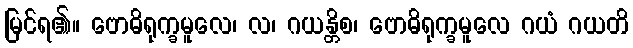
မြင်ရ၏။ ဗောဓိရုက္ခမူလေ၊ လ၊ ဂယန္တိစ၊ ဗောဓိရုက္ခမူလေ ဂယံ ဂယတိ